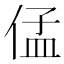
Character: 𱎺